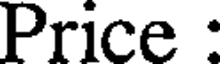
Price :